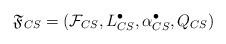
LaTeX: \begin{align*}\mathfrak{F}_{CS}=\left(\mathcal{F}_{CS}, L^{\bullet}_{CS}, \alpha_{CS}^{\bullet}, Q_{CS}\right)\end{align*}